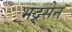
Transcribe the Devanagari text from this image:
भद्र्सेन